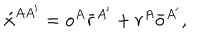
\acute { x } ^ { A A ^ { \prime } } = o ^ { A } \bar { r } ^ { A ^ { \prime } } + r ^ { A } \bar { o } ^ { A ^ { \prime } } ,